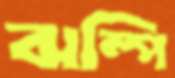
ঝম্পি